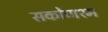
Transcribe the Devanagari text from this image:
सकोणश्म